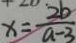
x = \frac { 2 b } { a - 3 }